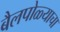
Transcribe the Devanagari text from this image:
बैलपोळ्याचा